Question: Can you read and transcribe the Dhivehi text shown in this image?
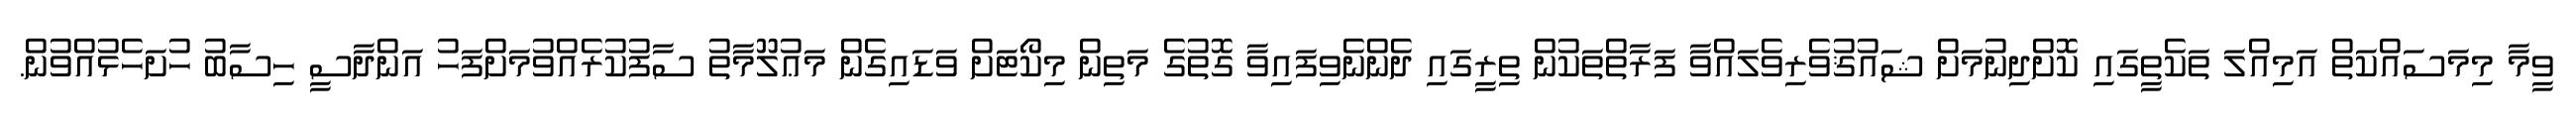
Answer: ވީމާ މިމަސައްކަތް އަމިއްލަ ތަކެތީގައި ކޮށްދިނުމަށް ޝައުޤުވެރިވެލައްވާ ފަރާތްތަކުން ތިރީގައި ދެންނެވިފައިވާ ގޮތުގެ މަތިން މިކޯޓަށް ވަޑައިގެން މަޢުލޫމާތު ސާފުކުރެއްވުމަށްފަހު އަންދާސީ ހިސާބު ހުށަހެޅުއްވުން.